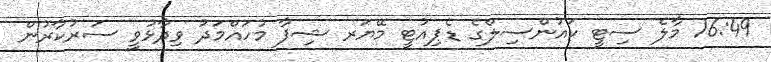
16:49 މާލެ ސިޓީ ކައުންސިލްގެ ޑެޕިއުޓީ މޭޔަރ ޝިފާ މުހައްމަދު ވިދާޅުވީ ސަރުކާރުން